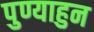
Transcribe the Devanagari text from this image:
पुण्याहुन